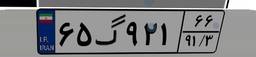
۶۵گ۹۲۱۶۶